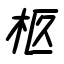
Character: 柩